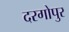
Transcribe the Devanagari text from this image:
दरगोपुर